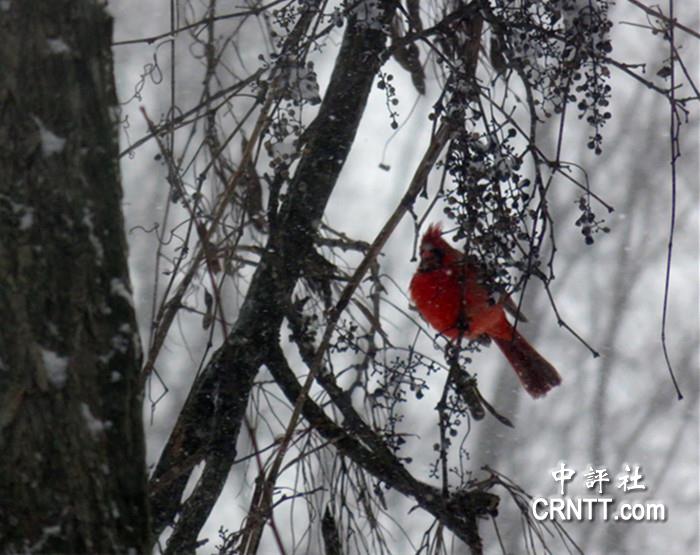
长安大雪天，鸟雀难相觅。